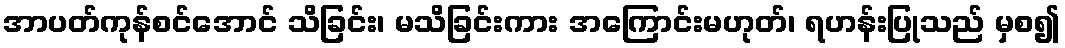
အာပတ်ကုန်စင်အောင် သိခြင်း၊ မသိခြင်းကား အကြောင်းမဟုတ်၊ ရဟန်းပြုသည် မှစ၍